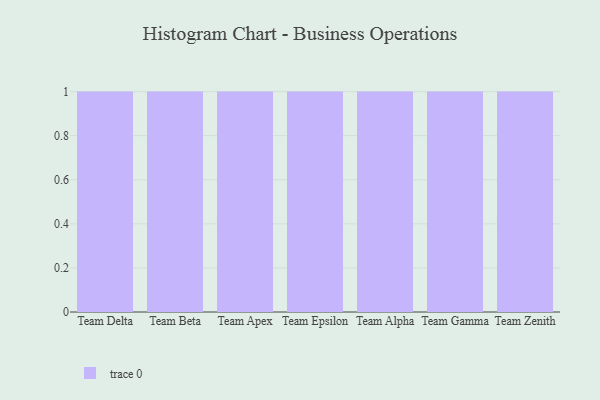
{"axis": {"x": "Team", "y": "Page Views"}, "legend": [""], "data": [{"x": "Team Delta", "y": 86, "type": ""}, {"x": "Team Beta", "y": 65, "type": ""}, {"x": "Team Apex", "y": 62, "type": ""}, {"x": "Team Epsilon", "y": 38, "type": ""}, {"x": "Team Alpha", "y": 15, "type": ""}, {"x": "Team Gamma", "y": 62, "type": ""}, {"x": "Team Zenith", "y": 43, "type": ""}]}